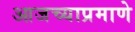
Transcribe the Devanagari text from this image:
आजच्याप्रमाणे